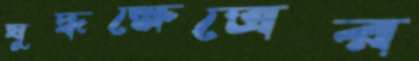
যুদ্ধক্ষেত্রের